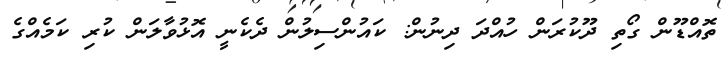
ތޮއްޑޫން ގޯތި ދޫކުރަން ހުއްދަ ދިނުން: ކައުންސިލުން ދެކެނީ އޮޅުވާލަން ކުރި ކަމެއްގެ